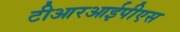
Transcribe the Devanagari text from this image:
टीआरआईपीएस